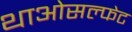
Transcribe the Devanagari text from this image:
थाओसल्फेट